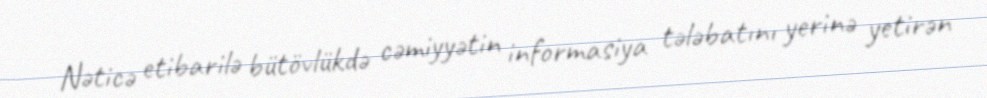
Nəticə etibarilə bütövlükdə cəmiyyətin informasiya tələbatını yerinə yetirən